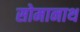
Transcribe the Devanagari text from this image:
सोमानाथ